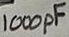
Text: 1000pF